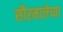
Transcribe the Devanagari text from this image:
सौरमालेच्या